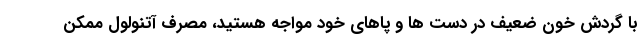
با گردش خون ضعیف در دست ها و پاهای خود مواجه هستید، مصرف آتنولول ممکن